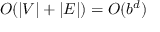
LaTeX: O ( | V | + | E | ) = O ( b ^ { d } )